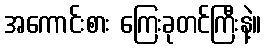
အကောင်းစား ကြေးခုတင်ကြီးနဲ့။